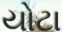
યોટા